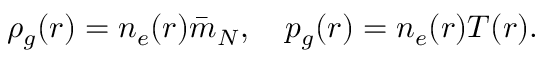
\begin{array} { r } { \rho _ { g } ( r ) = n _ { e } ( r ) \bar { m } _ { N } , \quad p _ { g } ( r ) = n _ { e } ( r ) T ( r ) . } \end{array}